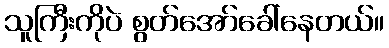
သူကြီးကိုပဲ စွတ်အော်ခေါ်နေတယ်။